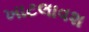
ખાટલાવશ